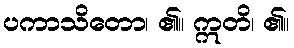
ပကာသိတော၊ ၏။ ဣတိ၊ ၏။